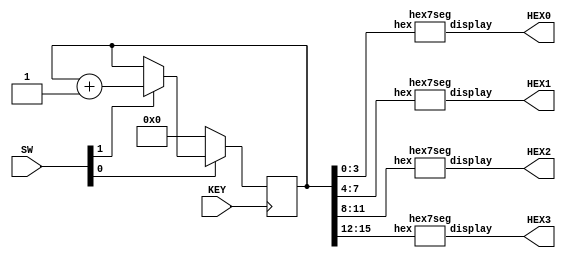
//
// inputs:
// KEY0: manual clock
// SW0: active low reset
// SW1: enable signal for the counter
//
// outputs:
//	HEX0 - HEX3: hex segment displays
module part4 (SW, KEY, HEX3, HEX2, HEX1, HEX0);
	input [1:0] SW ;
	input [0:0] KEY ;
	output [0:6] HEX3, HEX2, HEX1, HEX0;
	
	wire Clock = KEY[0];
	wire Resetn = SW[0];
	wire Enable = SW[1];
	
	// 16-bit counter 
	reg [15:0] Count;
	always @(posedge Clock)
		if (!Resetn)
			Count <= 0;
		else if (Enable)
			Count <= Count + 1'b1;
	
	// drive the displays
	hex7seg digit3 (Count[15:12], HEX3);
	hex7seg digit2 (Count[11:8], HEX2);
	hex7seg digit1 (Count[7:4], HEX1);
	hex7seg digit0 (Count[3:0], HEX0);
endmodule

module hex7seg (hex, display);
	input [3:0] hex;
	output [0:6] display;

	reg [0:6] display;

	/*
	 *       0  
	 *      ---  
	 *     |   |
	 *    5|   |1
	 *     | 6 |
	 *      ---  
	 *     |   |
	 *    4|   |2
	 *     |   |
	 *      ---  
	 *       3  
	 */
	always @ (hex)
		case (hex)
			4'h0: display = 7'b0000001;
			4'h1: display = 7'b1001111;
			4'h2: display = 7'b0010010;
			4'h3: display = 7'b0000110;
			4'h4: display = 7'b1001100;
			4'h5: display = 7'b0100100;
			4'h6: display = 7'b0100000;
			4'h7: display = 7'b0001111;
			4'h8: display = 7'b0000000;
			4'h9: display = 7'b0000100;
			4'hA: display = 7'b0001000;
			4'hb: display = 7'b1100000;
			4'hC: display = 7'b0110001;
			4'hd: display = 7'b1000010;
			4'hE: display = 7'b0110000;
			4'hF: display = 7'b0111000;
		endcase
endmodule